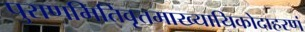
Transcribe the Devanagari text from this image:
पुराणमितिवृत्तमाख्यायिकोदाहरणं